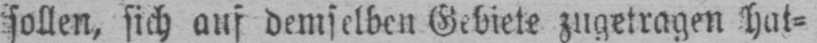
sollen, sich auf demselben Gebiete zugetragen hat⸗